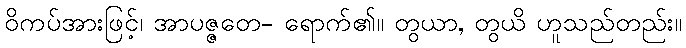
ဝိကပ်အားဖြင့်၊ အာပဇ္ဇတေ- ရောက်၏။ တွယာ, တွယိ ဟူသည်တည်း။